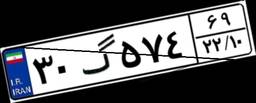
۳۰گ۵۷۴۶۹